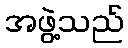
အဖွဲ့သည်